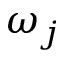
\omega _ { j }